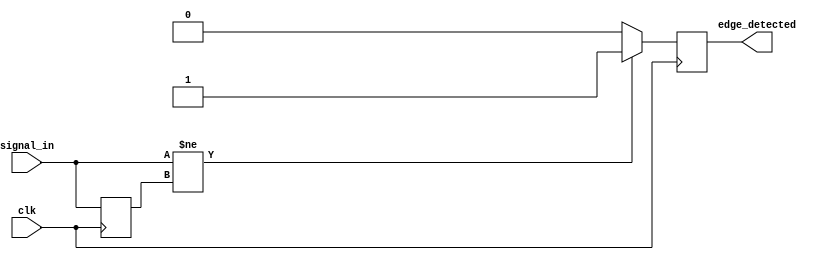
module differential_edge_detector (
    input wire clk,              // Clock signal
    input wire signal_in,        // Input signal
    output reg edge_detected     // Output signal indicating edge detection
);

// Memory element to store the previous state of the input signal
reg previous_state;

// Always block triggered on the rising edge of the clock
always @(posedge clk) begin
    // Edge detection logic
    if (signal_in != previous_state) begin
        edge_detected <= 1'b1; // Set edge_detected high if an edge is detected
    end else begin
        edge_detected <= 1'b0; // Set edge_detected low otherwise
    end

    // Update the previous state to the current input signal
    previous_state <= signal_in;
end

endmodule